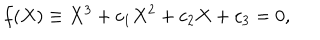
f ( X ) \equiv X ^ { 3 } + c _ { 1 } X ^ { 2 } + c _ { 2 } X + c _ { 3 } = 0 ,